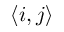
\langle i , j \rangle